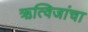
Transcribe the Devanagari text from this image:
ऋत्विजांचा